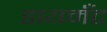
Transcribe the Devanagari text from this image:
डायमॅंट